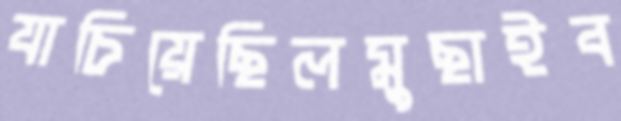
যাচিয়েছিলমুছাইব